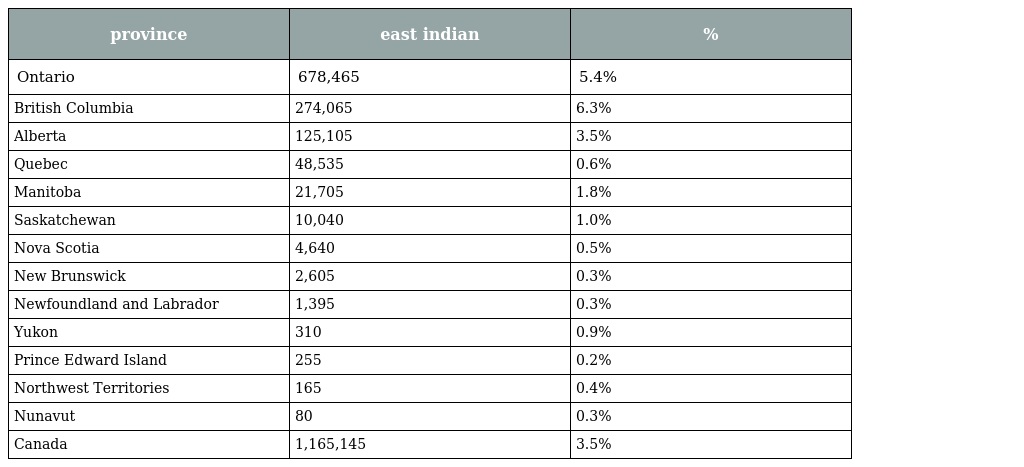
| province | east indian | % |
 | --- | --- | --- |
 | Ontario | 678,465 | 5.4% |
 | British Columbia | 274,065 | 6.3% |
 | Alberta | 125,105 | 3.5% |
 | Quebec | 48,535 | 0.6% |
 | Manitoba | 21,705 | 1.8% |
 | Saskatchewan | 10,040 | 1.0% |
 | Nova Scotia | 4,640 | 0.5% |
 | New Brunswick | 2,605 | 0.3% |
 | Newfoundland and Labrador | 1,395 | 0.3% |
 | Yukon | 310 | 0.9% |
 | Prince Edward Island | 255 | 0.2% |
 | Northwest Territories | 165 | 0.4% |
 | Nunavut | 80 | 0.3% |
 | Canada | 1,165,145 | 3.5% |